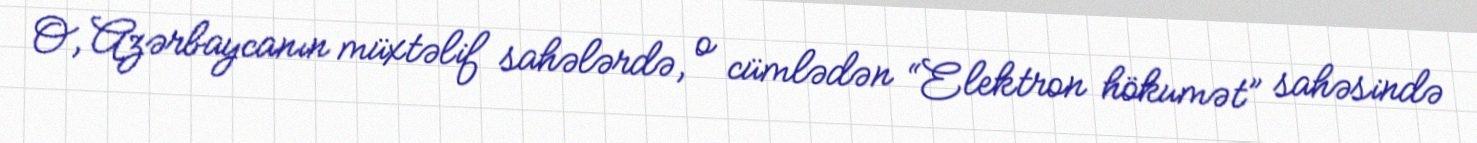
O, Azərbaycanın müxtəlif sahələrdə, o cümlədən “Elektron hökumət” sahəsində